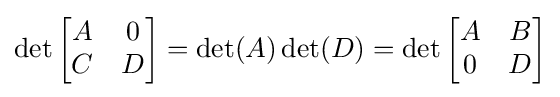
\det {\begin{bmatrix}A&0\\C&D\end{bmatrix}}=\det(A)\det(D)=\det {\begin{bmatrix}A&B\\0&D\end{bmatrix}}